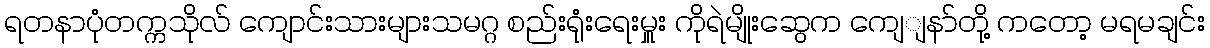
ရတနာပုံတက္ကသိုလ် ကျောင်းသားများသမဂ္ဂ စည်းရုံးရေးမှူး ကိုရဲမျိုးဆွေက ကျေျနာ်တို့ ကတော့ မရမချင်း